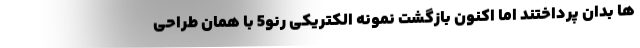
ها بدان پرداختند اما اکنون بازگشت نمونه الکتریکی رنو5 با همان طراحی